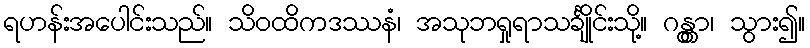
ရဟန်းအပေါင်းသည်။ သိဝထိကဒဿနံ၊ အသုဘရှုရာသင်္ချိုင်းသို့။ ဂန္တွာ၊ သွား၍။